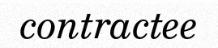
contractee